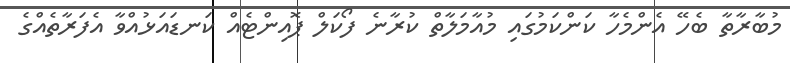
މުބާރާތާ ބެހޭ އެންމެހާ ކަންކަމުގައި މުއާމަލާތް ކުރާނެ ފޯކަލް ޕޮއިންޓެއް ކަނޑައަޅުއްވާ އެފަރާތެއްގެ